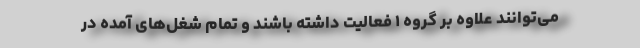
می‌توانند علاوه بر گروه ۱ فعالیت داشته باشند و تمام شغل‌های آمده در